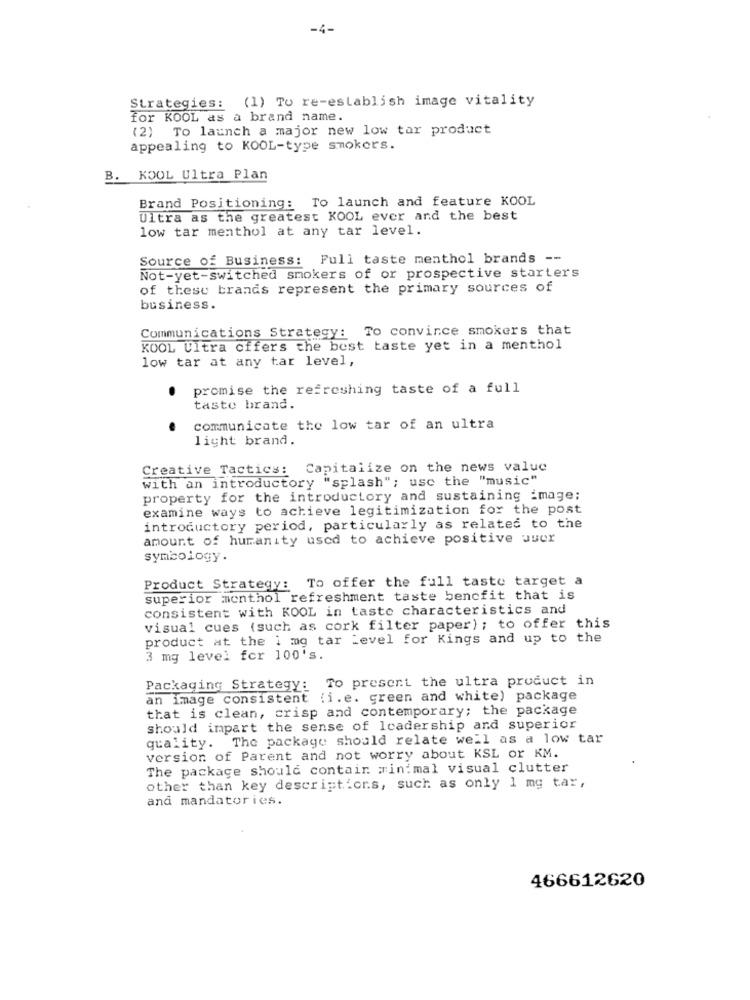
-4-
Strategies: (1) To re-establish image vitality
for KOOL as a brand name.
(2) To launch a major new low tar product
appealing to KOOL-type smokers.
B. KOOL Ultra Plan
Brand Positioning: To launch and feature KOOL
Ultra as the greatest KOOL ever and the best
low tar menthol at any tar level.
Source of Business: Full taste menthol brands --
Not-yet-switched smokers of or prospective starters
of these brands represent the primary sources of
business.
Communications Strategy: To convince smokers that
KOOL Ultra offers the best taste yet in a menthol
low tar at any tar level,
promise the refreshing taste of a full
taste brand.
communicate the low tar of an ultra
light brand.
Creative Tactics: Capitalize on the news value
with an introductory "splash"; usc the "music"
property for the introductory and sustaining image;
examine ways to achieve legitimization for the post
introductory period, particularly as related to the
amount of humanity used to achieve positive user
symbology.
Product Strategy: To offer the full taste target a
superior menthol refreshment taste benefit that is
consistent with KOOL in taste characteristics and
visual cues (such as cork filter paper) ; to offer this
product at the 1 mg tar Level for Kings and up to the
3 mg level for 100's.
Packaging Strategy: To present the ultra product in
an image consistent (i.e. green and white) package
that is clean, crisp and contemporary; the package
should impart the sense of leadership and superior
quality. The package should relate well as a low tar
version of Parent and not worry about KSL or KM.
The package should contain minimal visual clutter
other than key descriptions, such as only 1 mg tar,
and mandatories.
466612620